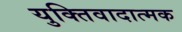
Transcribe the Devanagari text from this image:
युक्तिवादात्मक